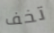
تخف